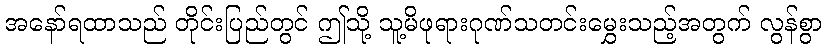
အနော်ရထာသည် တိုင်းပြည်တွင် ဤသို့ သူ့မိဖုရားဂုဏ်သတင်းမွှေးသည့်အတွက် လွန်စွာ